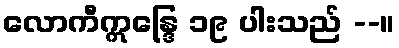
လောကီဣန္ဒြေ ၁၉ ပါးသည် --။